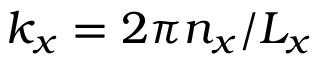
k _ { x } = 2 \pi n _ { x } / L _ { x }